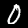
Label: 0